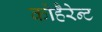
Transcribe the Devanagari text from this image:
कोहैरेन्ट